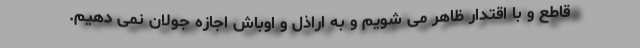
قاطع و با اقتدار ظاهر می شویم و به اراذل و اوباش اجازه جولان نمی دهیم.